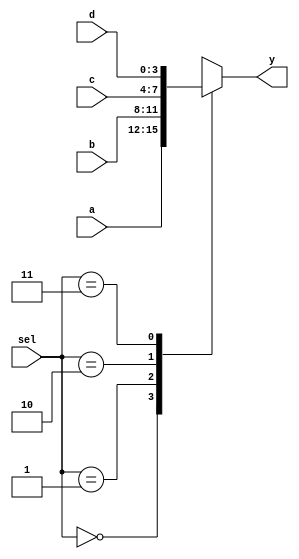
module xup_4_to_1_mux_vector#(parameter SIZE = 4 , DELAY = 3)(
    input [SIZE-1:0] a,
    input [SIZE-1:0] b,
    input [SIZE-1:0] c,
    input [SIZE-1:0] d,
    input [1:0] sel,
    output [SIZE-1:0] y
    );
    reg [SIZE-1:0] data;
    
    always @(*) begin
        case(sel)
            2'b00 : data[SIZE-1:0] <= a[SIZE-1:0] ;
            2'b01 : data[SIZE-1:0] <= b[SIZE-1:0] ;
            2'b10 : data[SIZE-1:0] <= c[SIZE-1:0] ;
            2'b11 : data[SIZE-1:0] <= d[SIZE-1:0] ;
            default : data[SIZE-1:0] <= a[SIZE-1:0] ;
        endcase
    end
    
    assign #DELAY y[SIZE-1:0] = data[SIZE-1:0] ;
        
endmodule